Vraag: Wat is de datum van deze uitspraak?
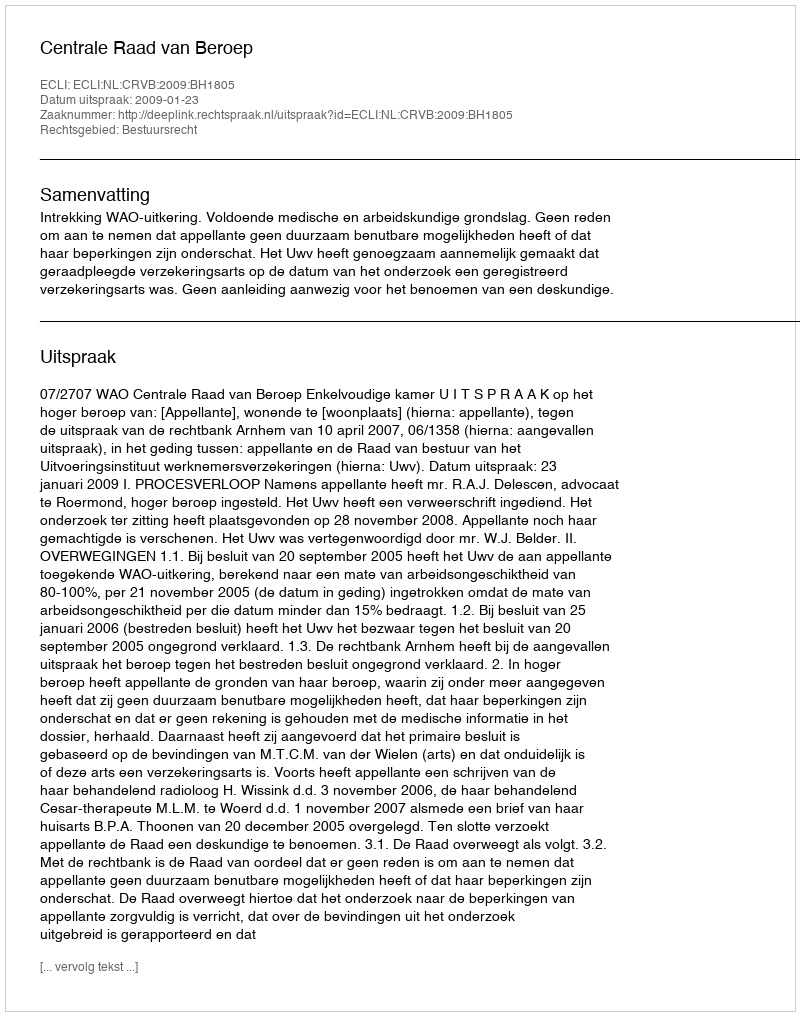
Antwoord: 2009-01-23